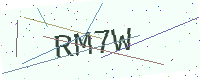
Text: RM7W